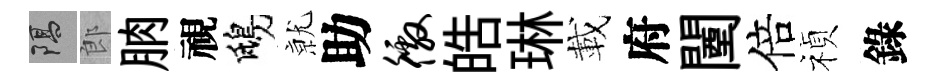
隔郎朒視鴟𭕒助徼皓琳載府闉倍禎錄